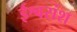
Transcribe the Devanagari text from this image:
ईश्वरांश